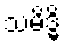
သမိဒ္ဓိ